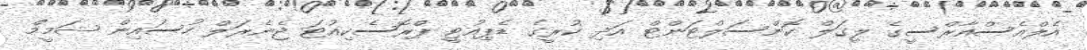
އެލްއެސްއާރްސީގެ ލީގަލް ކޮންސަލްޓަންޓް އަދި ކުރީގެ ޑެޕިއުޓީ ޕްރޮސެކިއުޓަ ޖެނެރަލް ހުސައިން ޝަމީމް